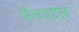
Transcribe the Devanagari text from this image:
फॅनबद्दल